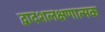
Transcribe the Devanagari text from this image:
द्वादशलक्षणात्मक